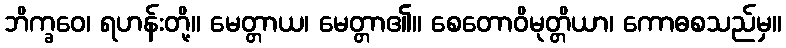
ဘိက္ခဝေ၊ ရဟန်းတို့။ မေတ္တာယ၊ မေတ္တာ၏။ စေတောဝိမုတ္တိယာ၊ ကောဓစသည်မှ။